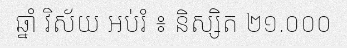
ឆ្នាំ វិស័យ អប់រំ ៖ និស្សិត ២១.០០០